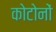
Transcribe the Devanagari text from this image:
कोटोनों